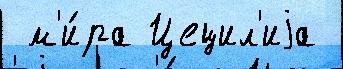
 м'и́ра Цецил'иjа